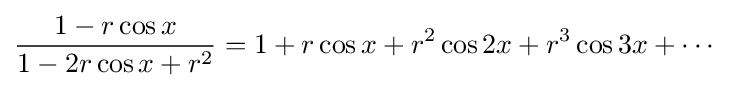
{\frac {1-r\cos x}{1-2r\cos x+r^{2}}}=1+r\cos x+r^{2}\cos 2x+r^{3}\cos 3x+\cdots